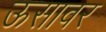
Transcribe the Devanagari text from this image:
ऊसावर